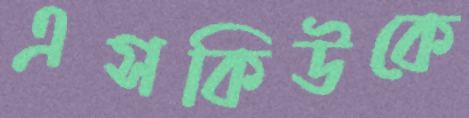
এসকিউকে